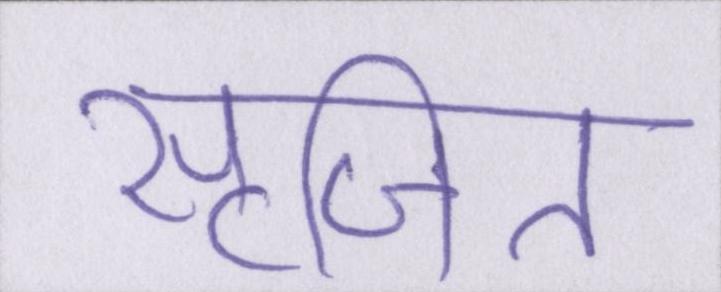
सृजित